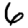
Digit: 6